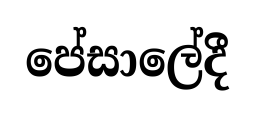
පේසාලේදී